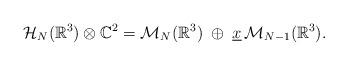
LaTeX: \begin{align*} \mathcal{H}_{N}(\mathbb{R}^3)\otimes \mathbb{C}^2=\mathcal{M}_{N}(\mathbb{R}^3)\;\oplus\;\underline{x}\,\mathcal{M}_{N-1}(\mathbb{R}^3).\end{align*}